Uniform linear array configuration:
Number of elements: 64
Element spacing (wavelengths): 1
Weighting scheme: cosine
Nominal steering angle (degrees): -45
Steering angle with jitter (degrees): -44.631
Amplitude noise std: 0.05
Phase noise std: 0.05

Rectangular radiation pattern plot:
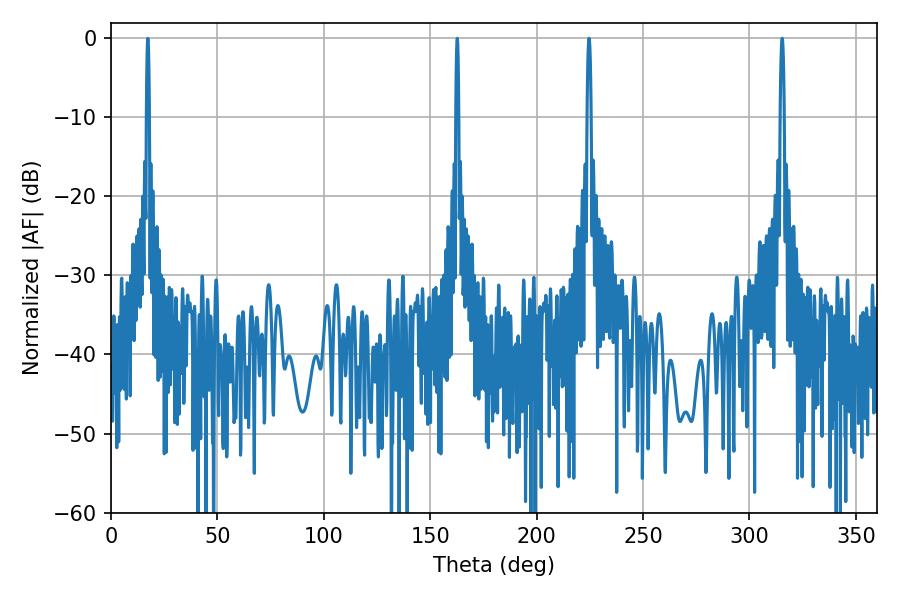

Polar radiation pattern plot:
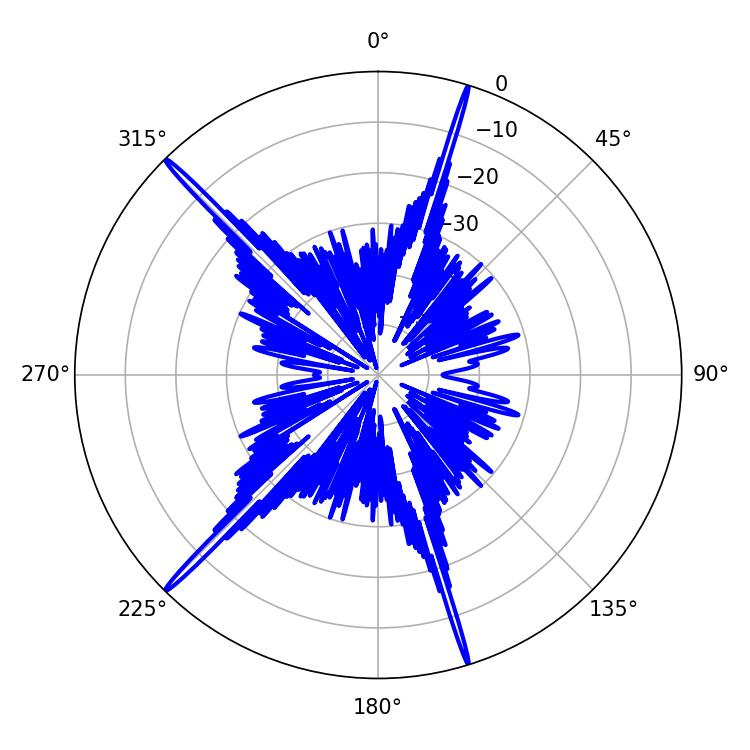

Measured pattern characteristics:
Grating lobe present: TRUE
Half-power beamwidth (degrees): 1.08
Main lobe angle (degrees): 315.36